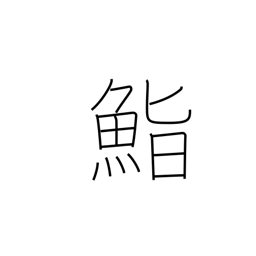
Meaning: seasoned rice